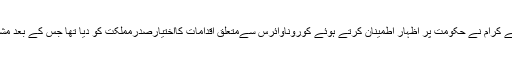
ان کا کہنا تھا کہ آج صدر مملکت کی زیر صدارت ہونے والی ویڈیو کانفرنس میں علمائے کرام نے حکومت پر اظہار اطمینان کرتے ہوئے کوروناوائرس سےمتعلق اقدامات کااختیارصدرمملکت کو دیا تھا جس کے بعد مشاورت سے فیصلہ ہوا کہ پنج وقتہ باجماعت نماز اور نماز جمعہ کو محدود کیا جائے گا۔